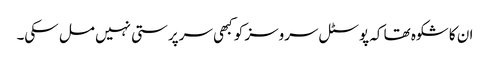
ان کا شکوہ تھا کہ پوسٹل سروسز کو کبھی سرپرستی نہیں مل سکی۔